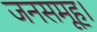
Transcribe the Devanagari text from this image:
जनसमूह।